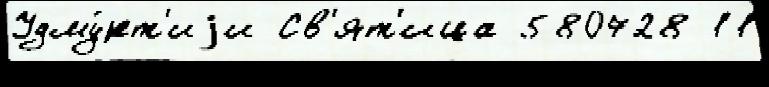
Удму́рт'иjи Св'ят'ица 580728 11